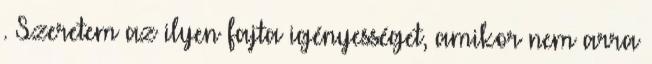
. Szeretem az ilyen fajta igényességet, amikor nem arra